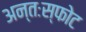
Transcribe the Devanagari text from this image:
अन्तःस्फोट